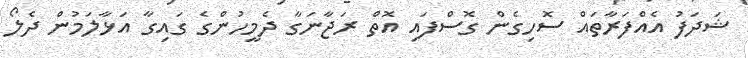
ޝަދަފު އެއްފަރާތައް ސޮހިގެން ގޮސްފައި އޮތް ރަޖާނަގާ ދެމީހުންގެ ގައިގާ އަޅާލަމުން ދެލޯ